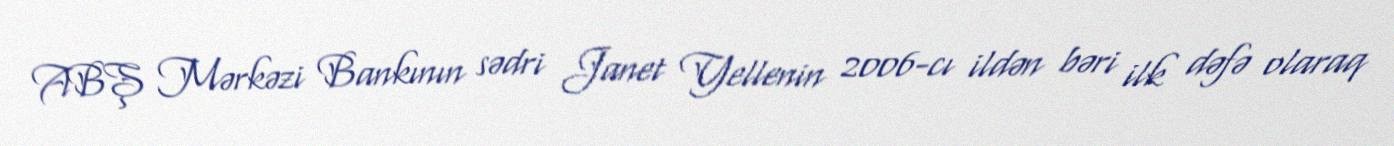
ABŞ Mərkəzi Bankının sədri Janet Yellenin 2006-cı ildən bəri ilk dəfə olaraq